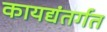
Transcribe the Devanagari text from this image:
कायद्यंतर्गत